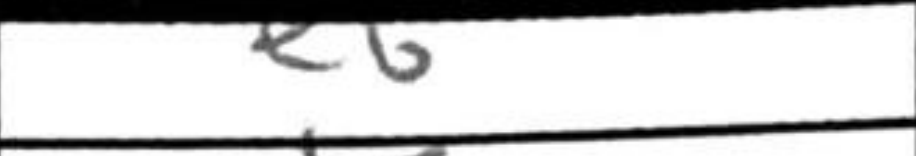
Transcription: e6